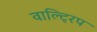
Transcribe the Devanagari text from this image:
वाल्ट्रिप